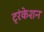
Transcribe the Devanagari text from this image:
ट्रंकेशन